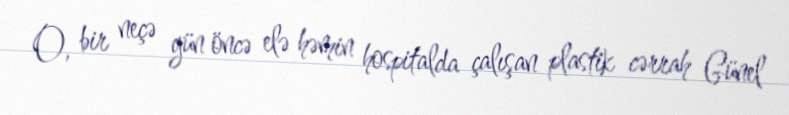
O, bir neçə gün öncə elə həmin hospitalda çalışan plastik cərrah Günel